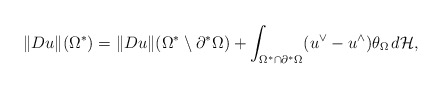
\begin{align*}\Vert Du\Vert(\Omega^*)=\Vert Du\Vert(\Omega^*\setminus\partial^*\Omega)+\int_{\Omega^*\cap\partial^*\Omega}(u^{\vee}-u^{\wedge})\theta_{\Omega}\,d\mathcal H,\end{align*}